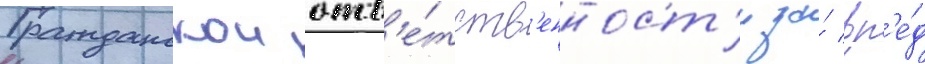
Гражданскои отв'е́тств'енност'и за́ вр'е́д